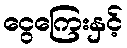
ငွေကြေးနှင့်